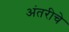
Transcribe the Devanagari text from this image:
अंतरीचे